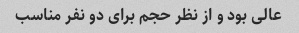
عالی بود و از نظر حجم برای دو نفر مناسب